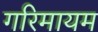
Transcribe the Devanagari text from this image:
गरिमायम